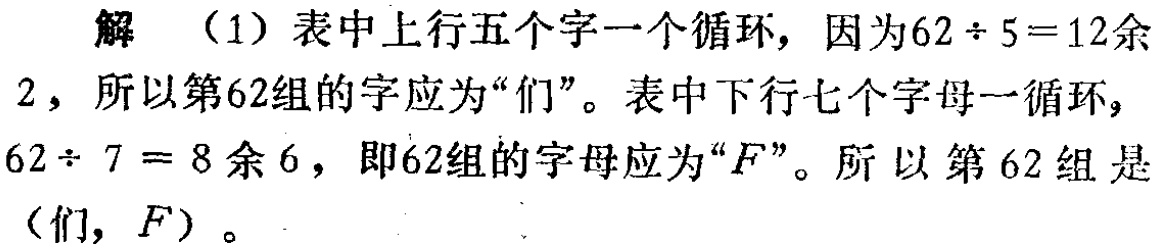
解 （1）表中上行五个字一个循环，因为\(62\div 5 = 12\)余\(2\)，所以第\(62\)组的字应为“们”。表中下行七个字母一循环，\(62\div 7 = 8\)余\(6\)，即\(62\)组的字母应为“\(F\)”。所以第\(62\)组是（们, \(F\)）。